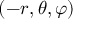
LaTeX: ( - r , \theta , \varphi )